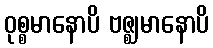
ဝုစ္စမာနောပိ ဗဇ္ဈမာနောပိ